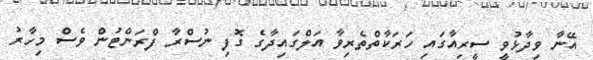
އޭނާ ވިދާޅުވީ ސީރިއާގައި ހަރަކާތްތެރިވާ އަލްގައިދާގެ ގޮފި ނުސްރާ ފްރަންޓުން ވެސް މިހާރު